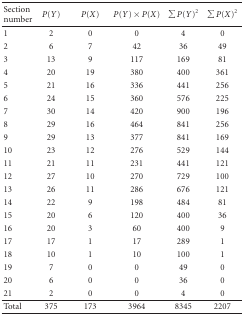
<table><thead><tr><td><b>Section number</b></td><td><b><i>P</i>(<i>Y</i>)</b></td><td><b><i>P</i>(<i>X</i>)</b></td><td><b><i>P</i>(<i>Y</i>) × <i>P</i>(<i>X</i>)</b></td><td><b>∑<i>P</i>(<i>Y</i>)<sup>2</sup></b></td><td><b>∑<i>P</i>(<i>X</i>)<sup>2</sup></b></td></tr></thead><tbody><tr><td>1</td><td>2</td><td>0</td><td>0</td><td>4</td><td>0</td></tr><tr><td>2</td><td>6</td><td>7</td><td>42</td><td>36</td><td>49</td></tr><tr><td>3</td><td>13</td><td>9</td><td>117</td><td>169</td><td>81</td></tr><tr><td>4</td><td>20</td><td>19</td><td>380</td><td>400</td><td>361</td></tr><tr><td>5</td><td>21</td><td>16</td><td>336</td><td>441</td><td>256</td></tr><tr><td>6</td><td>24</td><td>15</td><td>360</td><td>576</td><td>225</td></tr><tr><td>7</td><td>30</td><td>14</td><td>420</td><td>900</td><td>196</td></tr><tr><td>8</td><td>29</td><td>16</td><td>464</td><td>841</td><td>256</td></tr><tr><td>9</td><td>29</td><td>13</td><td>377</td><td>841</td><td>169</td></tr><tr><td>10</td><td>23</td><td>12</td><td>276</td><td>529</td><td>144</td></tr><tr><td>11</td><td>21</td><td>11</td><td>231</td><td>441</td><td>121</td></tr><tr><td>12</td><td>27</td><td>10</td><td>270</td><td>729</td><td>100</td></tr><tr><td>13</td><td>26</td><td>11</td><td>286</td><td>676</td><td>121</td></tr><tr><td>14</td><td>22</td><td>9</td><td>198</td><td>484</td><td>81</td></tr><tr><td>15</td><td>20</td><td>6</td><td>120</td><td>400</td><td>36</td></tr><tr><td>16</td><td>20</td><td>3</td><td>60</td><td>400</td><td>9</td></tr><tr><td>17</td><td>17</td><td>1</td><td>17</td><td>289</td><td>1</td></tr><tr><td>18</td><td>10</td><td>1</td><td>10</td><td>100</td><td>1</td></tr><tr><td>19</td><td>7</td><td>0</td><td>0</td><td>49</td><td>0</td></tr><tr><td>20</td><td>6</td><td>0</td><td>0</td><td>36</td><td>0</td></tr><tr><td>21</td><td>2</td><td>0</td><td>0</td><td>4</td><td>0</td></tr><tr><td>Total</td><td>375</td><td>173</td><td>3964</td><td>8345</td><td>2207</td></tr></tbody></table>